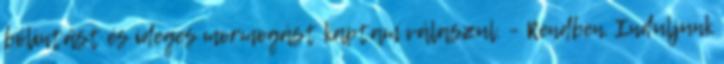
bólintást és ideges mormogást kaptam válaszul. – Rendben. Induljunk